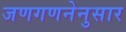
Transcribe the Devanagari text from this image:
जणगणनेनुसार